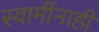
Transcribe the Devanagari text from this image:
स्वामींनाही